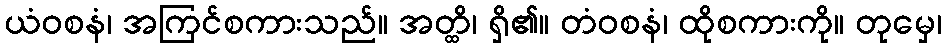
ယံဝစနံ၊ အကြင်စကားသည်။ အတ္ထိ၊ ရှိ၏။ တံဝစနံ၊ ထိုစကားကို။ တုမှေ၊